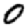
Digit: 0